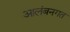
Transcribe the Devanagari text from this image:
आलंबनगत